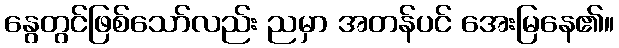
နွေတွင်ဖြစ်သော်လည်း ညမှာ အတန်ပင် အေးမြနေ၏။